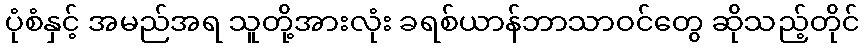
ပုံစံနှင့် အမည်အရ သူတို့အားလုံး ခရစ်ယာန်ဘာသာဝင်တွေ ဆိုသည့်တိုင်